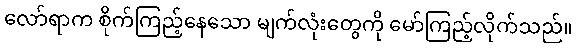
လော်ရာက စိုက်ကြည့်နေသော မျက်လုံးတွေကို မော်ကြည့်လိုက်သည်။